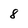
Character: 8